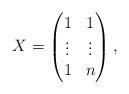
LaTeX: \begin{align*}X=\begin{pmatrix}1 & 1 \\\vdots & \vdots \\1 & n\end{pmatrix},\end{align*}